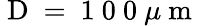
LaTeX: \mathrm{~D~=~1~0~0~}\mu\mathrm{~m~}